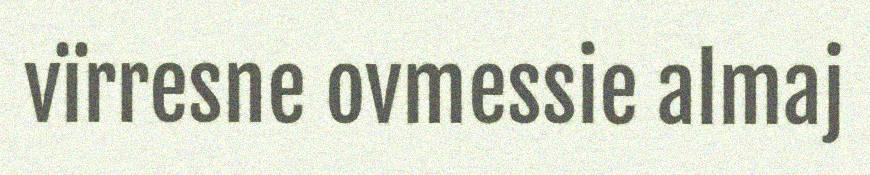
vïrresne ovmessie almaj